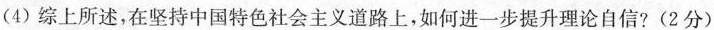
(4) 综上所述，在坚持中国特色社会主义道路上，如何进-步提升理论自信? (2分)